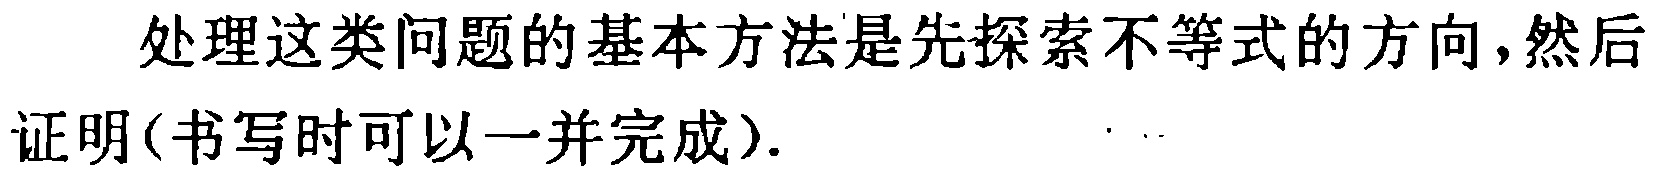
处理这类问题的基本方法是先探索不等式的方向,然后证明(书写时可以一并完成).